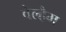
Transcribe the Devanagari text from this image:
वेल्हैम